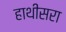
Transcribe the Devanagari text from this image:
हाथीसरा